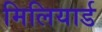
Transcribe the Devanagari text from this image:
मिलियार्ड